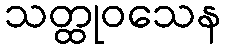
သတ္ထုဝသေန